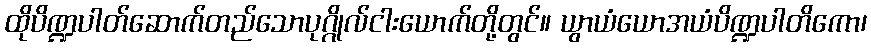
ထိုပိဏ္ဍပါတ်ဆောက်တည်သောပုဂ္ဂိုလ်ငါးယောက်တို့တွင်။ ယွာယံယောအယံပိဏ္ဍပါတိကော၊